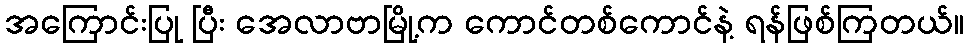
အကြောင်းပြု ပြီး အေလာဗာမြို့က ကောင်တစ်ကောင်နဲ့ ရန်ဖြစ်ကြတယ်။